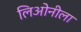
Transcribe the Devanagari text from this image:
लिओनीला